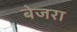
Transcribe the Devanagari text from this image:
बेजरा